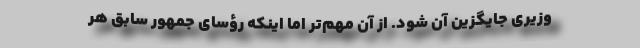
‌وزیری جایگزین آن شود. از آن مهم‌تر اما اینکه رؤسای جمهور سابق هر